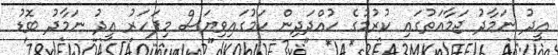
އީދު ނަމާދު ޖަމާއަތުގައި ކުރުމުގެ ހުއްދަދިން ކަމުގައިވިޔަސް މިފަހަރު އީދު ނަމާދު ބޮޑު